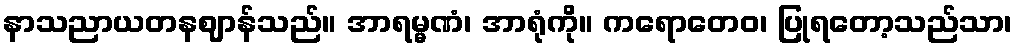
နာသညာယတနဈာန်သည်။ အာရမ္မဏံ၊ အာရုံကို။ ကရောတေဝ၊ ပြုရတော့သည်သာ၊